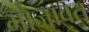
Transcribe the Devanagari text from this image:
भोजावत